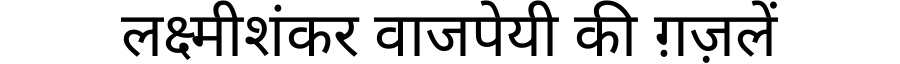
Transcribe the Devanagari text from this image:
लक्ष्मीशंकर वाजपेयी की ग़ज़लें